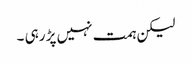
لیکن ہمت نہیں پڑ رہی ۔